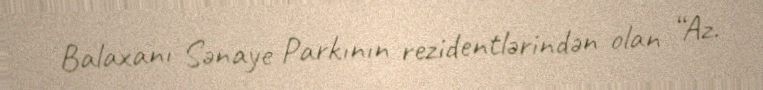
Balaxanı Sənaye Parkının rezidentlərindən olan “Az.